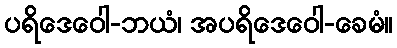
ပရိဒေဝေါ-ဘယံ၊ အပရိဒေဝေါ-ခေမံ။